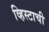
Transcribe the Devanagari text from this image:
व्हिस्टाची